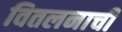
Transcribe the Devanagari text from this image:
वितलनाची